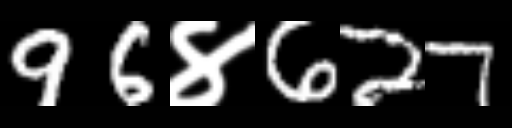
Text: 96४627